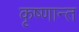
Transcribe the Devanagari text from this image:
कृष्णान्त